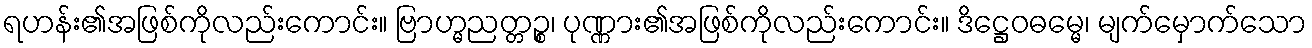
ရဟန်း၏အဖြစ်ကိုလည်းကောင်း။ ဗြာဟ္မညတ္တဉ္စ၊ ပုဏ္ဏား၏အဖြစ်ကိုလည်းကောင်း။ ဒိဋ္ဌေဝဓမ္မေ၊ မျက်မှောက်သော